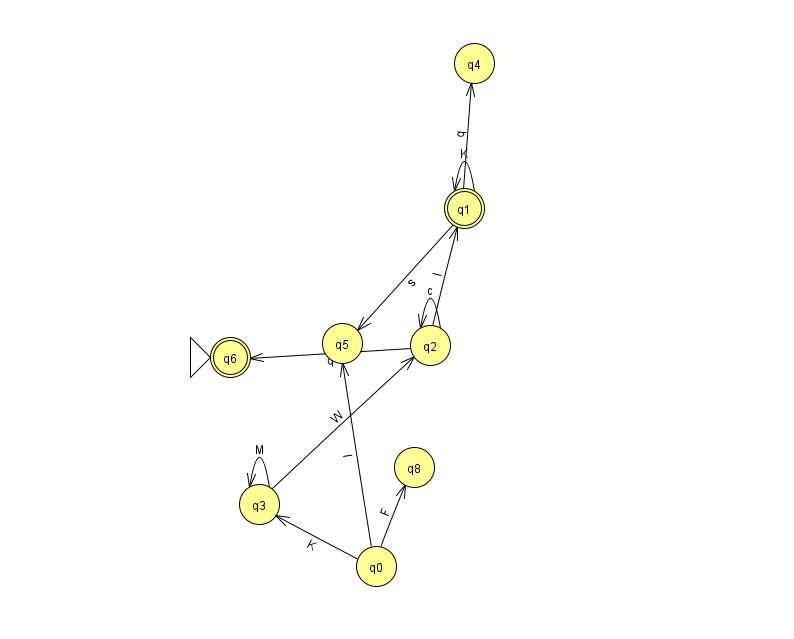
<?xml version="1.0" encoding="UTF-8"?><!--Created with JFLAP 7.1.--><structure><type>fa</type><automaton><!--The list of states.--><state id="0" name="q0"><x>376.0</x><y>553.0</y></state><state id="1" name="q1"><x>464.0</x><y>195.0</y><final/></state><state id="2" name="q2"><x>430.0</x><y>332.0</y></state><state id="3" name="q3"><x>259.0</x><y>491.0</y></state><state id="4" name="q4"><x>474.0</x><y>50.0</y></state><state id="5" name="q5"><x>342.0</x><y>330.0</y></state><state id="6" name="q6"><x>230.0</x><y>344.0</y><initial/><final/></state><state id="8" name="q8"><x>414.0</x><y>454.0</y></state><!--The list of transitions.--><transition><from>0</from><to>5</to><read>l</read></transition><transition><from>2</from><to>1</to><read>I</read></transition><transition><from>2</from><to>2</to><read>c</read></transition><transition><from>1</from><to>4</to><read>q</read></transition><transition><from>2</from><to>6</to><read>q</read></transition><transition><from>1</from><to>1</to><read>K</read></transition><transition><from>3</from><to>2</to><read>W</read></transition><transition><from>0</from><to>8</to><read>F</read></transition><transition><from>1</from><to>5</to><read>s</read></transition><transition><from>3</from><to>3</to><read>M</read></transition><transition><from>0</from><to>3</to><read>K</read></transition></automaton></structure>